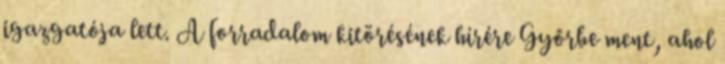
igazgatója lett. A forradalom kitörésének hírére Győrbe ment, ahol